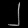
Digit: ၂